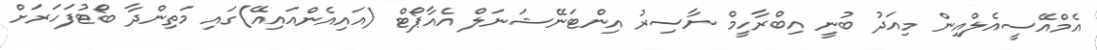
އެމްއޭސީއެލްއިން މިއަދު ބުނީ އިބްރާހީމް ނާސިރު އިންޓަނޭޝަނަލް އެއާޕޯޓް (އައިއެންއައިއޭ)ގައި މަތިންދާ ބޯޓުފަހަރަށް